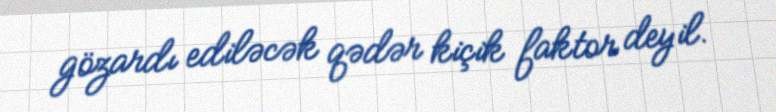
gözardı ediləcək qədər kiçik faktor deyil.